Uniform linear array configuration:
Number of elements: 4
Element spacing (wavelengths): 1
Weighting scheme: exponential
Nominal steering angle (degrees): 0
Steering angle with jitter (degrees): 1.414
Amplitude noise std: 0.05
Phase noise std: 0.05

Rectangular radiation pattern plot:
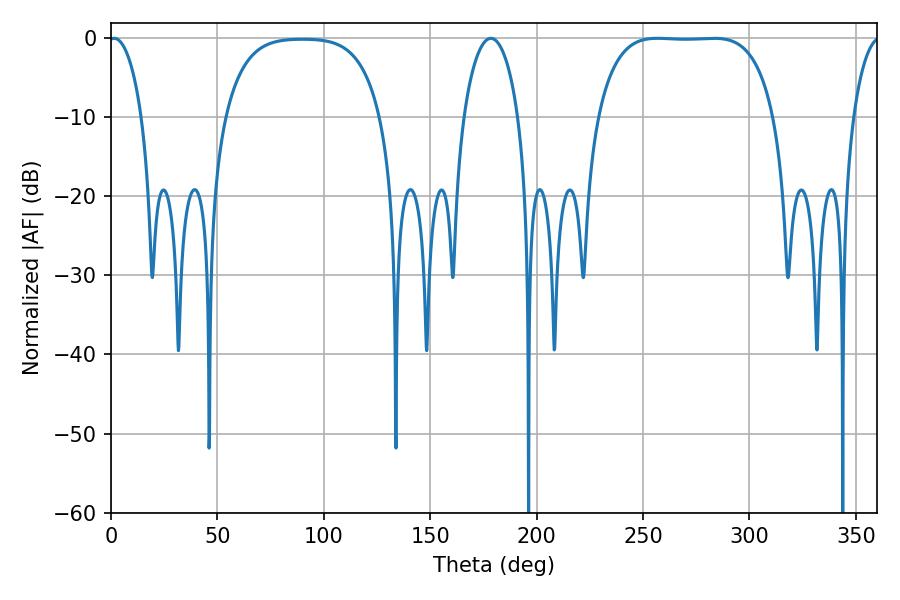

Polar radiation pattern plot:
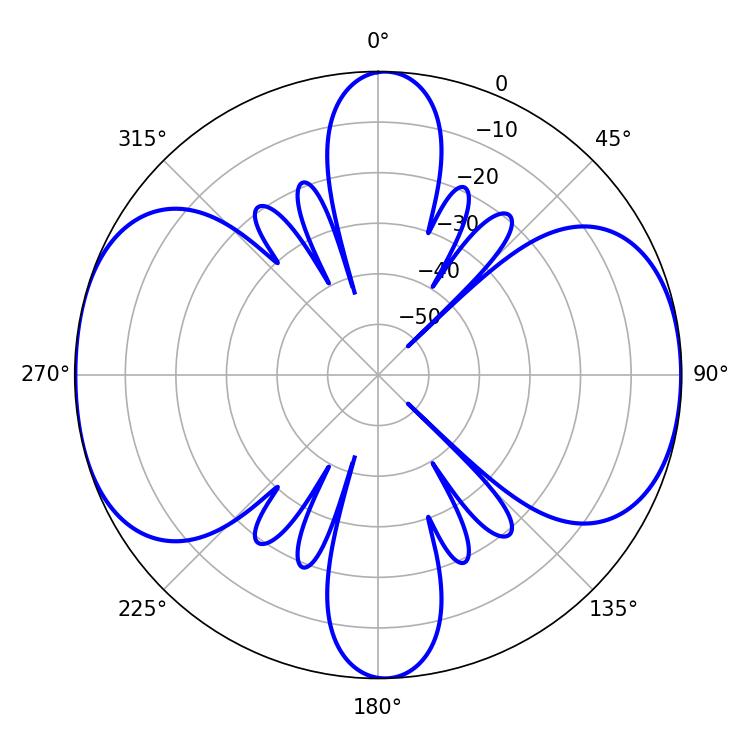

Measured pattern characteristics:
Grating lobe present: TRUE
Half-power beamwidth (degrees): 64.44
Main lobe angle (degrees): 256.86